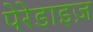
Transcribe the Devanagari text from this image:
पेरेडाइज़